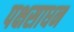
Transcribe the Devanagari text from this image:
पक्षसाधन